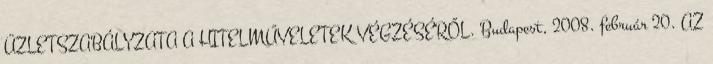
ÜZLETSZABÁLYZATA A HITELMŰVELETEK VÉGZÉSÉRŐL. Budapest, 2008. február 20. AZ